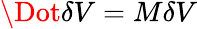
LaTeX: \Dot{\delta V}=M\delta V